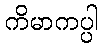
ကိမာကပ္ပါ